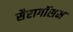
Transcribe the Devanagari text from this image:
सैरागॉसम